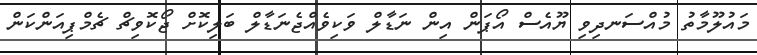
މައުލޫމާތު މުއްސަނދިވި ޔޫއެސް އޯޕަން އިން ނަޑާލް ވަކިވެއްޖެނަޑާލް ބަލިކޮށް ޖޯކޮވިޗް ޗެމްޕިއަންކަން